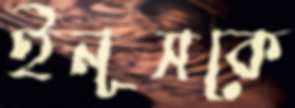
ইনূসকে